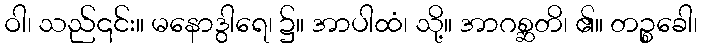
ဝါ၊ သည်၎င်း။ မနောဒွါရေ၊ ၌။ အာပါထံ၊ သို့။ အာဂစ္ဆတိ၊ ၏။ တဉ္စခေါ၊